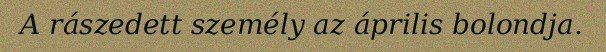
A rászedett személy az április bolondja.